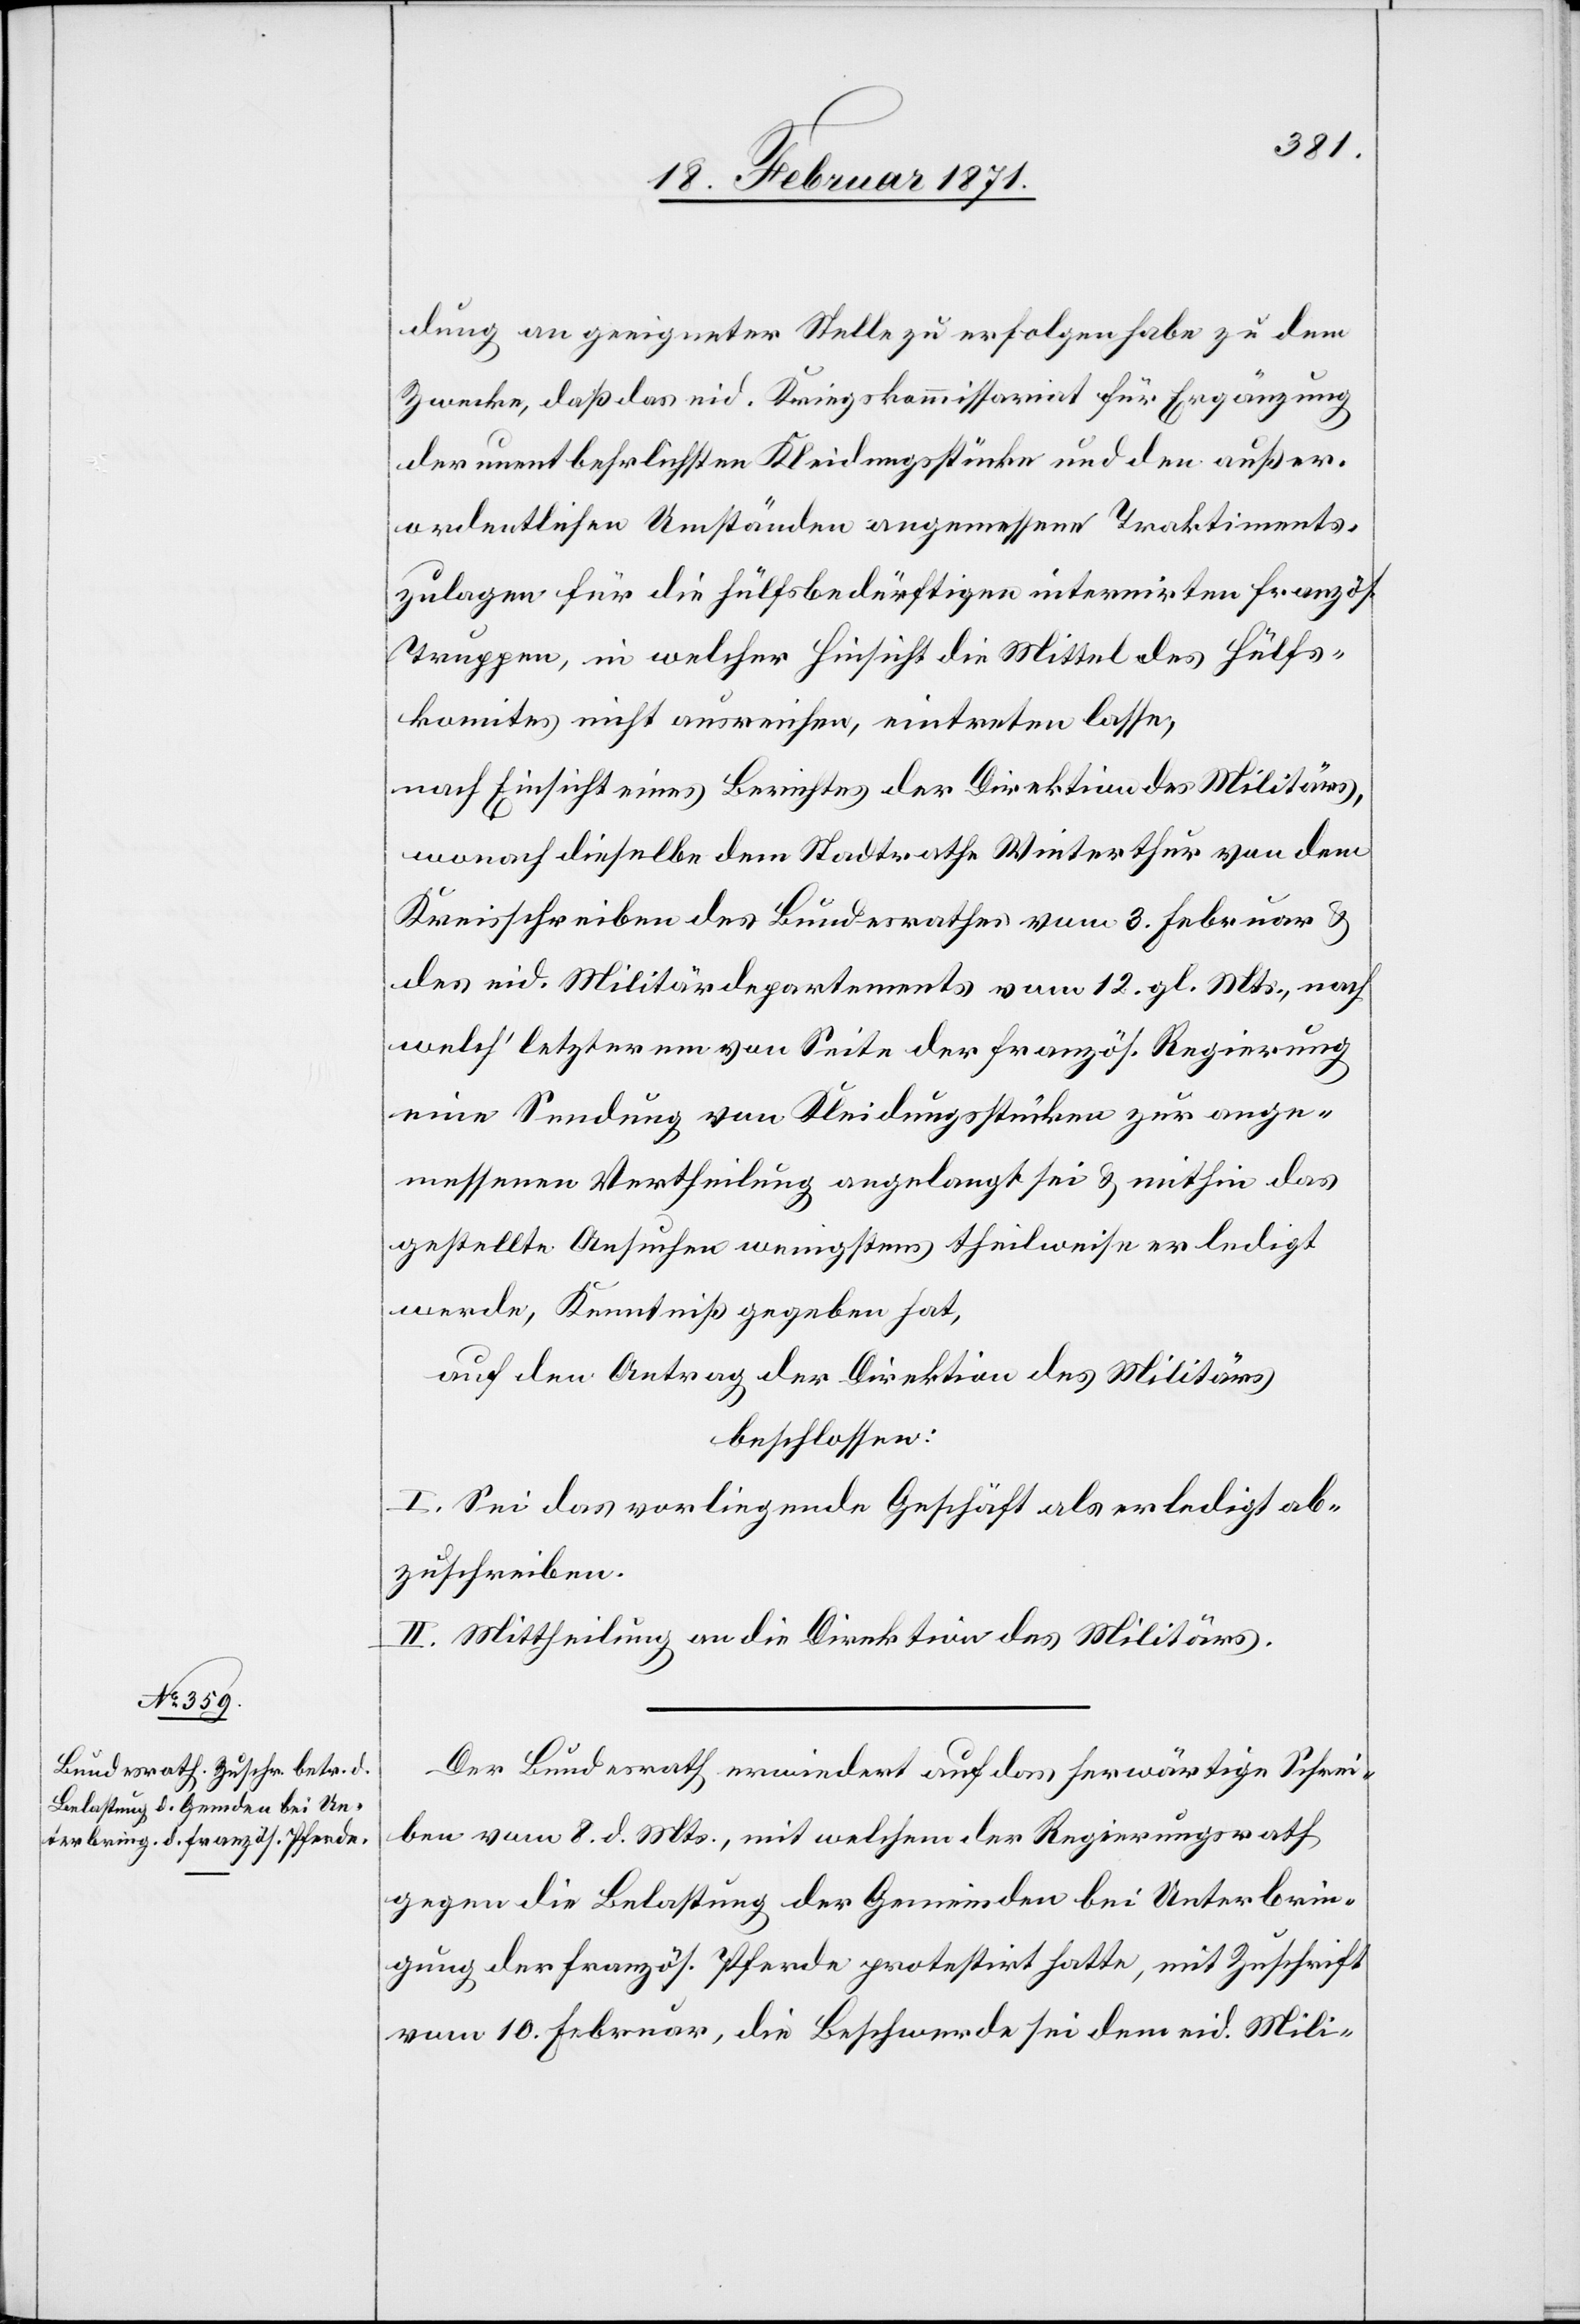
dung an geeigneter Stelle zu erfolgen habe zu dem
Zwecke, daß das eid. Kriegskommissariat für Ergänzung
der unentbehrlichsten Kleidungsstücke und den außer¬
ordentlichen Umständen angemessene Traktiments¬
zulagen für die Hülfsbedürftigen internirten französ.
Truppen, in welcher Hinsicht die Mittel des Hülfs¬
komites nicht ausreichen, eintreten lasse,
nach Einsicht eines Berichtes der Direktion des Militärs,
wonach dieselbe dem Stadtrathe Winterthur von dem
Kreisschreiben des Bundesrathes vom 3. Februar u.
des eid. Militärdepartements vom 12. gl. Mts. nach
welch’ letzterem von Seite der französ. Regierung
eine Sendung von Kleidungsstücken zur ange¬
messenen Vertheilung angelangt sei u. mithin das
gestellte Ansuchen wenigstens theilweise erledigt
werde, Kenntniß gegeben hat,
auf den Antrag der Direktion des Militärs
beschlossen:
I. Sei das vorliegende Geschäft als erledigt ab¬
zuschreiben.
II. Mittheilung an die Direktion des Militärs.
Der Bundesrath erwiedert auf das herwärtige Schrei¬
ben vom 8. d. Mts., mit welchem der Regierungsrath
gegen die Belastung der Gemeinden bei Unterbrin¬
gung der französ. Pferde protestirt hatte, mit Zuschrift
vom 10. Februar, die Beschwerde sei dem eid. Mili-